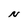
Character: N